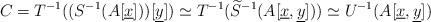
LaTeX: \begin{align*}C = T^{-1}( (S^{-1}(A[\underline{x}]))[\underline y]) \simeq T^{-1}(\widetilde{S}^{-1}(A[\underline{x}, \underline y])) \simeq U^{-1}(A[\underline{x}, \underline y])\end{align*}